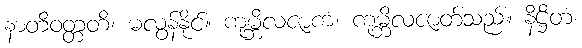
နာတိဝတ္တတိ၊ မလွန်နိုင်။ ကုမ္ဘိလဇာကံ၊ ကုမ္ဘိလဇာတ်သည်။ နိဋ္ဌိတံ၊